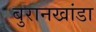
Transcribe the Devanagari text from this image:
बुरानखांडा